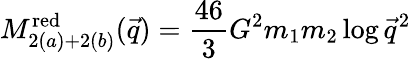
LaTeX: M_{2(a)+2(b)}^{\mathrm{red}}(\vec{q})={\frac{46}{3}}G^{2}m_{1}m_{2}\log\vec{q}^{2}